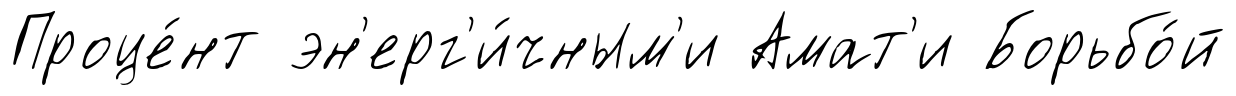
Проце́нт эн'ерг'и́чным'и Амат'и Борьбо́й